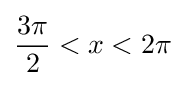
{\frac {3\pi }{2}}<x<2\pi